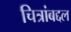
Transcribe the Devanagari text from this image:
चित्रांबद्दल